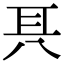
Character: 𠔐